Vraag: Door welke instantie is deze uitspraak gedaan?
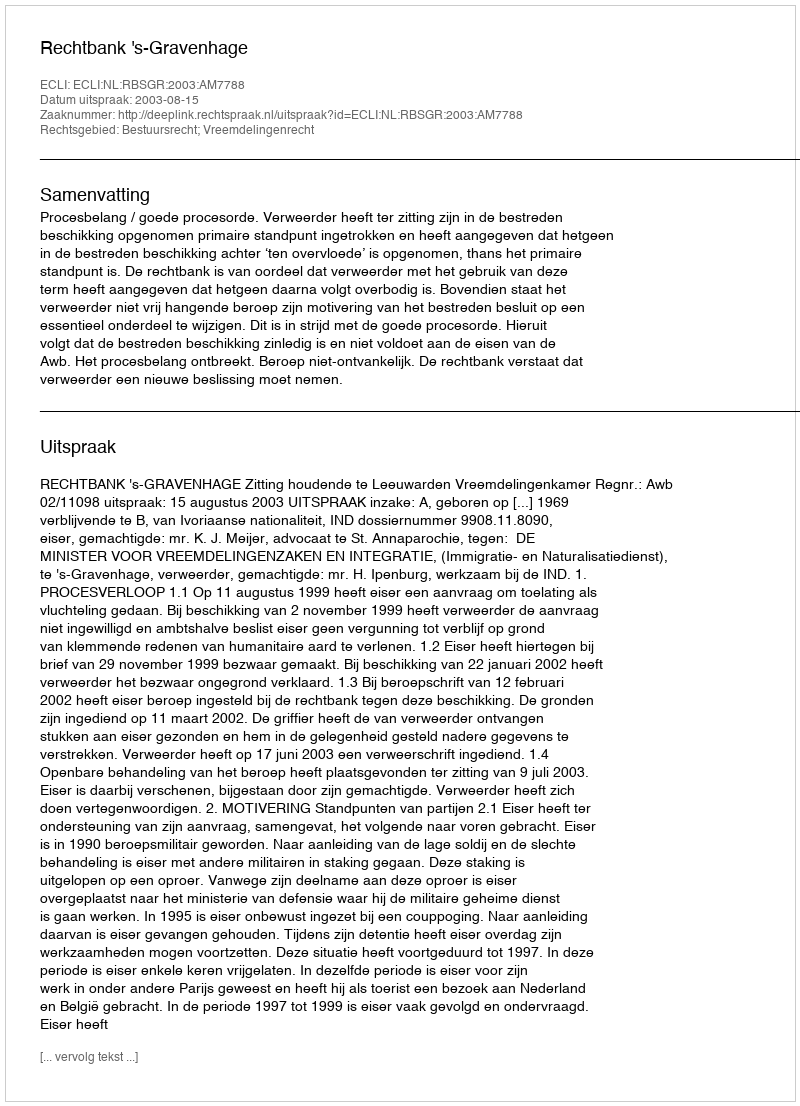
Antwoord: Rechtbank 's-Gravenhage